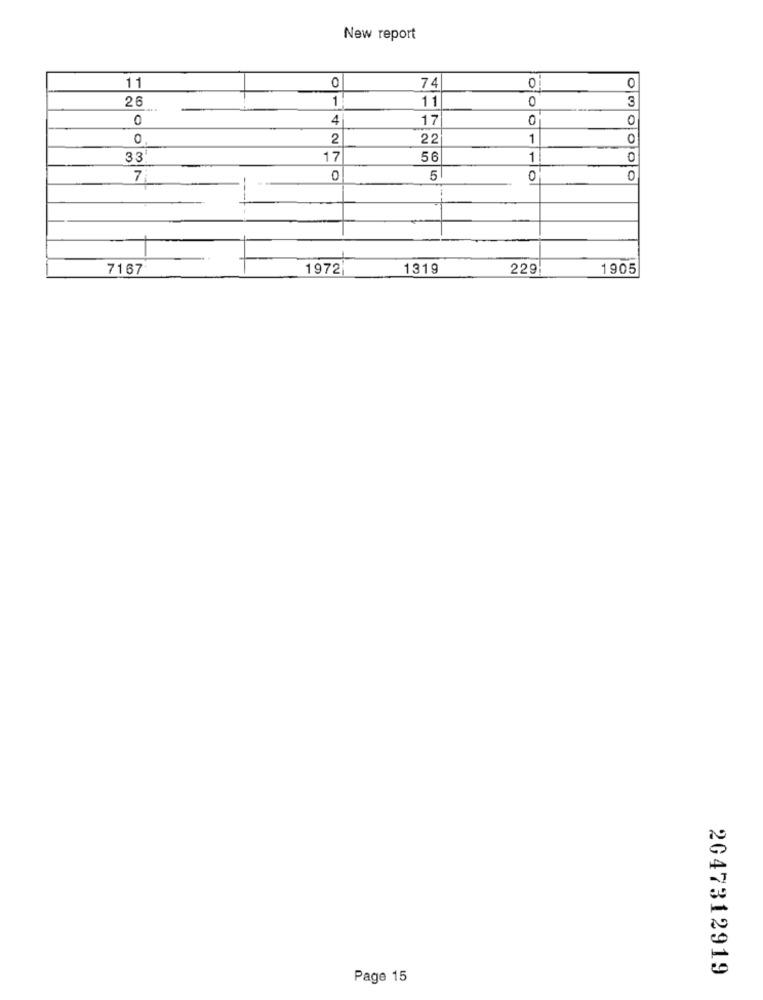
New report
0
74
0
11
0
26
1
11
0
3
0
4
17
0
0
0
2
22
1
0
33
17
56
1
7
0
5
0
7167
1972
1319
229
1905
2047312919
Page 15